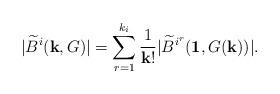
LaTeX: \begin{align*}|\widetilde{B}^{i}(\bold k, G)|=\sum_{r=1}^{k_i}\frac{1}{\bold k!}|\widetilde{B}^{i^r}(\bold 1, G(\bold k))|.\end{align*}